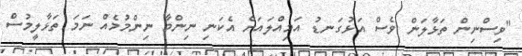
"ވިސްނިން ތަޅާލަން ވެސް އަޅުގަނޑު އަމިއްލައަށް އެކަނި ނިންމާ ނިންމުމެއް ނަމަ ތަޅާލީމުސް